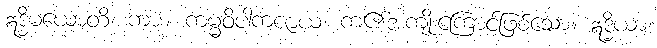
ဣဒ္ဓိမယောတိ၊ ကား။ ကမ္မဝိပါကဇာယ၊ ကံ၏အကျိုးကြောင့်ဖြစ်သော။ ဣဒ္ဓိယာ၊